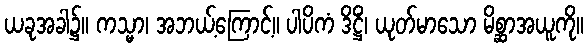
ယခုအခါ၌။ ကသ္မာ၊ အဘယ့်ကြောင့်။ ပါပိကံ ဒိဋ္ဌိံ၊ ယုတ်မာသော မိစ္ဆာအယူကို။